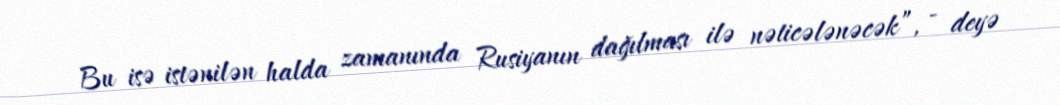
Bu isə istənilən halda zamanında Rusiyanın dağılması ilə nəticələnəcək”, - deyə